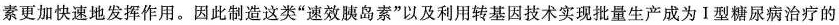
素更加快速地发挥作用。因此制造这类”速效胰岛素”以及利用转基因技术实现批量生产成为I型糖尿病治疗的